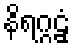
နိရဂ္ဂဠှံ